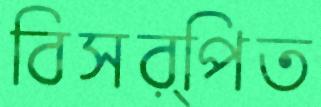
বিসর্পিত